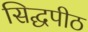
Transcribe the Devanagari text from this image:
सिद्घपीठ